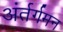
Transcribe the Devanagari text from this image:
अंर्तर्गमन